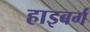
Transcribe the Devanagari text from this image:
हाइबर्ग